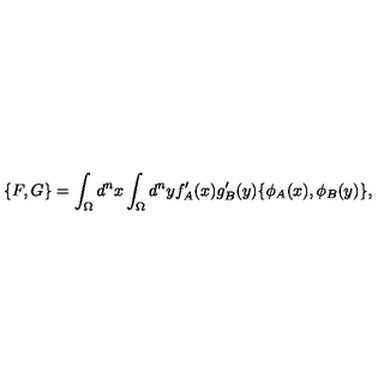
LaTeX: \{ F , G \} = \int _ { \Omega } d ^ { n } x \int _ { \Omega } d ^ { n } y f _ { A } ^ { \prime } ( x ) g _ { B } ^ { \prime } ( y ) \{ \phi _ { A } ( x ) , \phi _ { B } ( y ) \} ,